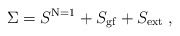
\begin{align*}\Sigma =S^{\mathrm{N=1}}+S_{\mathrm{gf}}+S_{\mathrm{ext}}\;, \end{align*}